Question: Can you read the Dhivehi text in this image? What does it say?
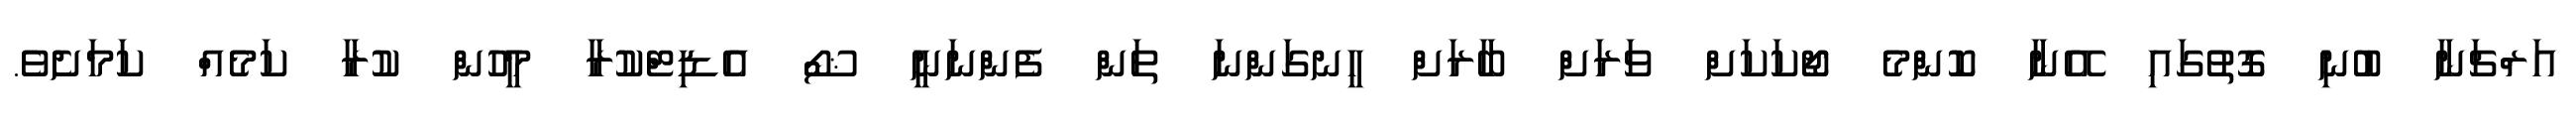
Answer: އަރްޗަނާ ބުނި ގޮތުގައި އޭނާ ކޮންމެ ޖޯކަކަށް ވަރަށް ބާރަށް ހީނގަންނަ ތަން ފެންނަނީ ޝޯ އެޑިޓްކުރާ މީހުން ކުރާ ކަމެއް ކަމަށެވެ.